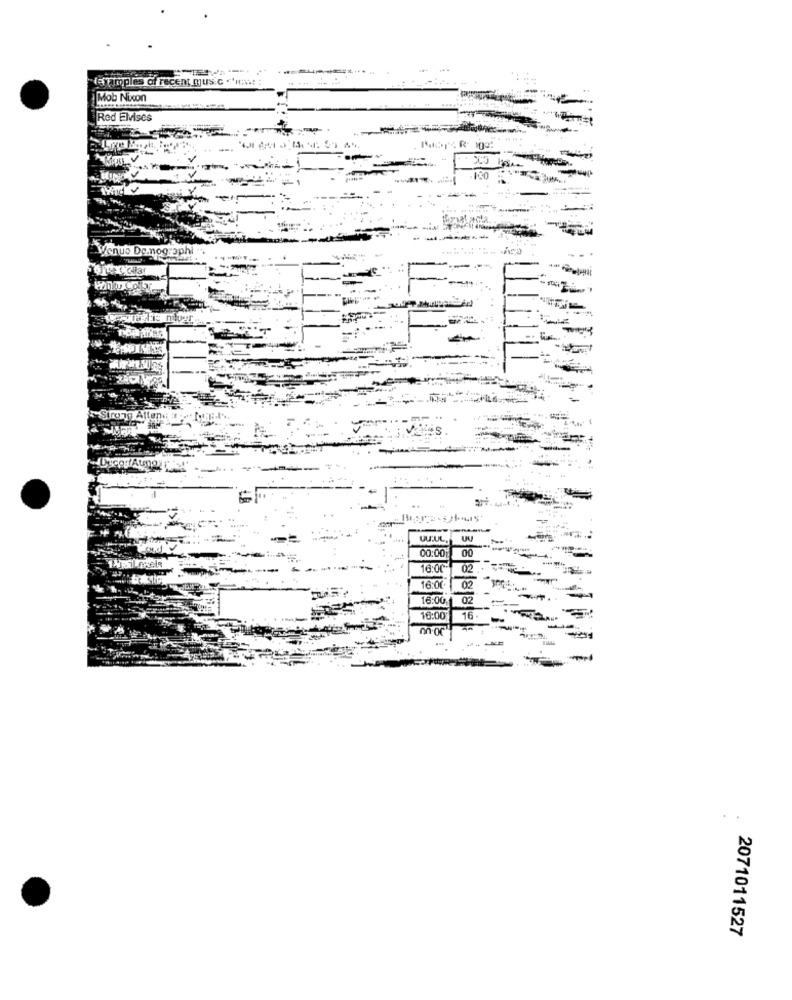
dayamples of recent music *****: :
. -
Mob Nixon
Red Elvises
Venus De.nog.
rong Attend
UU.UL. UU
00
00:00
16:00
02
16:01
02
16:00.
02
16:00
16
2071011527